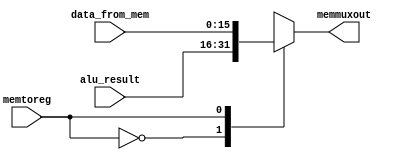
module memmux (
    input [15:0] data_from_mem, alu_result,
    input memtoreg,
    output reg [15:0] memmuxout
);
always @(*)
begin 
    case (memtoreg) 
    1'b0: memmuxout = alu_result;
    1'b1: memmuxout = data_from_mem;
    endcase
end
endmodule